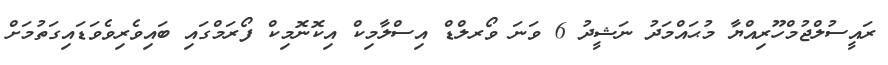
ރައީސުލްޖުމްހޫރިއްޔާ މުޙައްމަދު ނަޝީދު 6 ވަނަ ވޯރލްޑް އިސްލާމިކް އިކޮނޮމިކް ފޯރަމްގައި ބައިވެރިވެވަޑައިގަތުމަށް